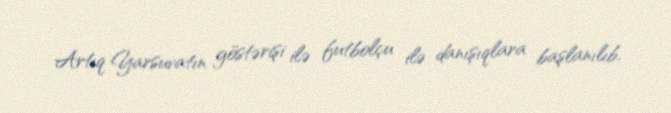
Artıq Yarsuvatın göstərişi ilə futbolçu ilə danışıqlara başlanılıb.